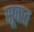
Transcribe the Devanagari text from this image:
सूवात